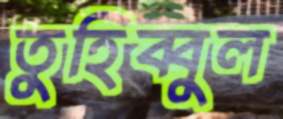
তুহিব্বুল